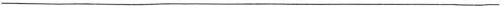
___